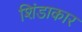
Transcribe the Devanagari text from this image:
शिंडाकार